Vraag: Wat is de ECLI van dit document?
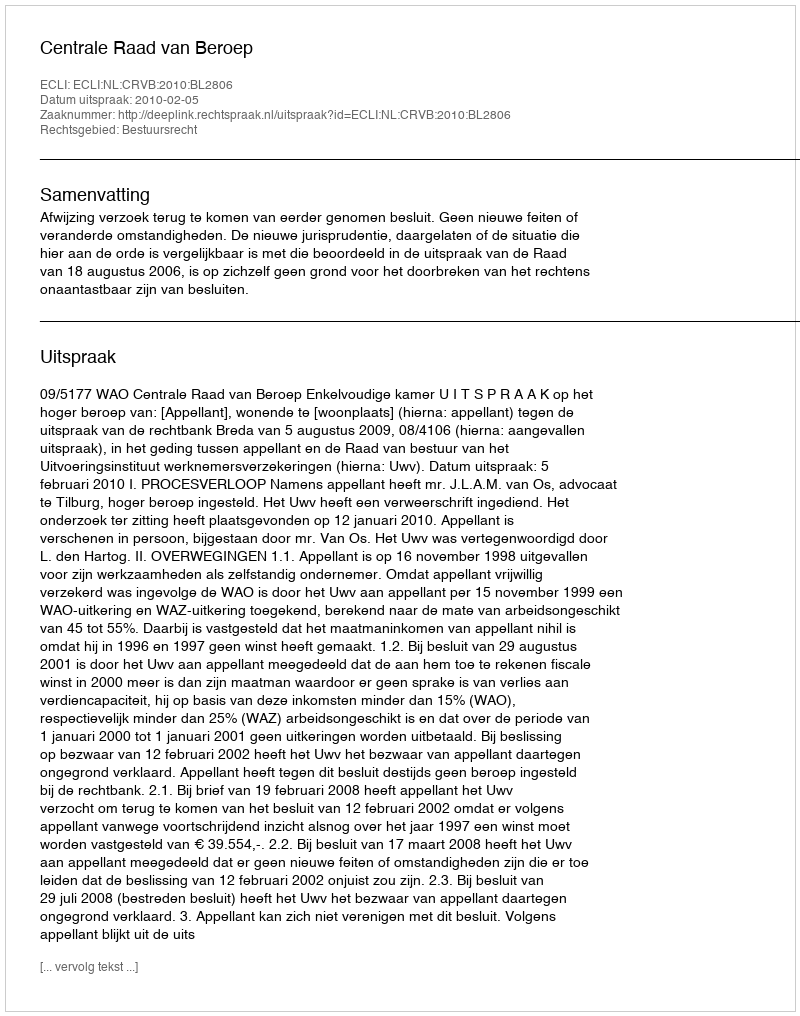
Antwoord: ECLI:NL:CRVB:2010:BL2806